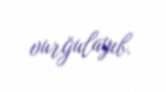
vurğulayıb.